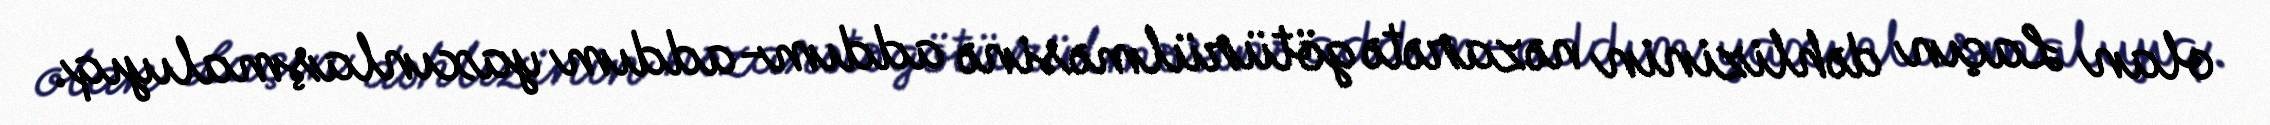
olan Laçın dəhlizinin nəzarətə götürülməsinə addım-addım yaxınlaşmalıyıq.